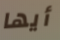
أيها